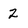
Character: 2